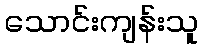
သောင်းကျန်းသူ